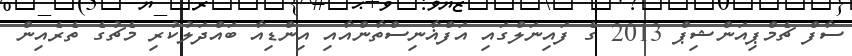
ސާފް ޗެމްޕިއަންޝިޕް 2013 ގެ ފައިނަލްގައި އަފްޣާނިސްތާންއާއި އިންޑިއާ ބައްދަލުކުރި މެޗުގެ ތެރެއިން